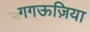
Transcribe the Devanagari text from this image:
गगऊज़िया